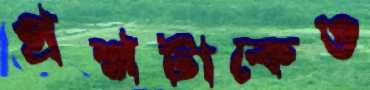
প্রশ্নটাকেও